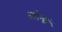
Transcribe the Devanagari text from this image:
खोल्यां